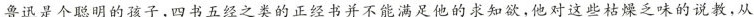
鲁迅是个聪明的孩子,四书五经之类的正经书并不能满足他的求知欲,他对这些枯燥乏味的说教,从